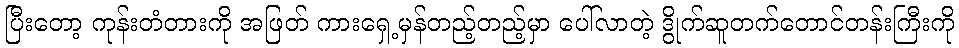
ပြီးတော့ ကုန်းတံတားကို အဖြတ် ကားရှေ့မှန်တည့်တည့်မှာ ပေါ်လာတဲ့ ဒွိုက်ဆူတက်တောင်တန်းကြီးကို